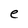
Character: e